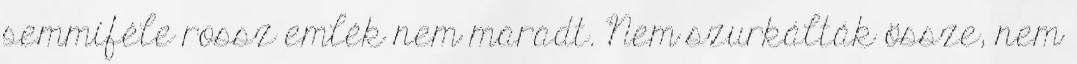
semmiféle rossz emlék nem maradt. Nem szurkálták össze, nem